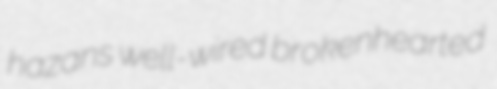
hazans well-wired brokenhearted